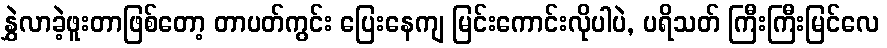
နွှဲလာခဲ့ဖူးတာဖြစ်တော့ တာပတ်ကွင်း ပြေးနေကျ မြင်းကောင်းလိုပါပဲ, ပရိသတ် ကြီးကြီးမြင်လေ